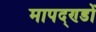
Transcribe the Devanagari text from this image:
मापद्ण्डों